Vaccination in Bombay 1874-1876 - 1874-1876
Year: 1874
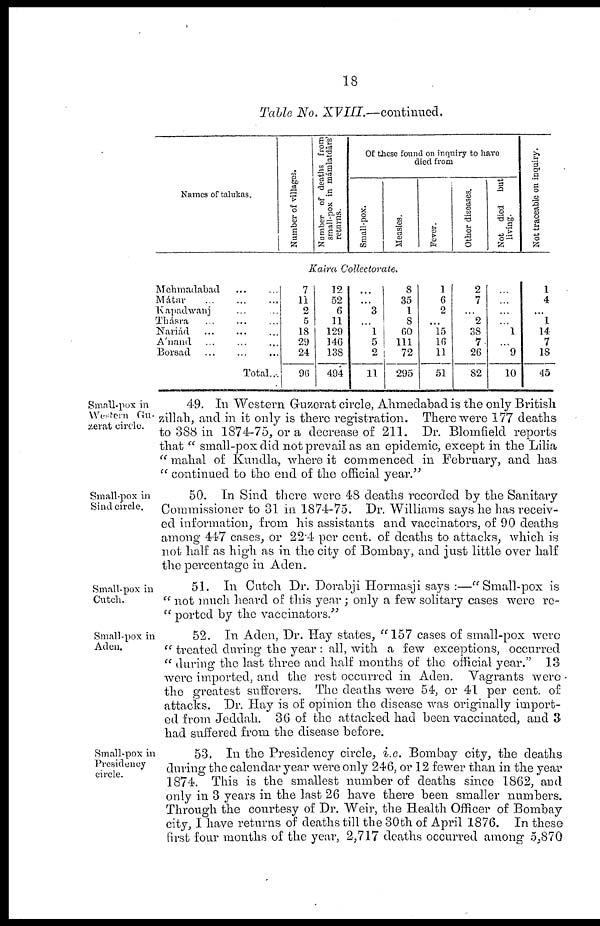
18
Table No.
XVIII.—continued.
Names of talukas.
Number of villages.
Number of deaths from
small-pox in mámlatdârs'
returns.
Of these found on inquiry to have
died from
Small-pox.
Measles.
Fever.
Other diseases.
Not died
but
living.
Not traceable on inquiry.
Kaira Collectorate.
Mehmadabad ... ...
Mátar
...
...
...
Kapadwanj ... ...
Thásra ... ... ...
Nariád ... ... ...
Ánand ... ... ...
Borsad ... ... ...
Total...
7
11
2
5
18
29
24
96
12
52
6
11
129
146
138
494
...
...
3
...
1
5
2
11
8
35
1
8
60
111
72
295
1
6
2
...
15
16
11
51
2
7
...
2
38
7
26
82
...
...
...
...
1
...
9
10
1
4
...
1
14
7
18
45
Small-pox in
Western Gu¬
zerat circle.
49. In Western Guzerat circle, Ahmedabad is the only British
zillah, and in it only is there registration. There were 177 deaths
to 388 in 1874-75, or a decrease of 211. Dr. Blomfield reports
that " small-pox did not prevail as an epidemic, except in the Lilia
" mahal of Kundla, where it commenced in February, and has
" continued to the end of the official year."
Small-pox in
Sind circle.
50. In Sind there were 48 deaths recorded by the Sanitary
Commissioner to 31 in 1874-75. Dr. Williams says he has receiv-
ed information, from his assistants and vaccinators, of 90 deaths
among 447 cases, or 22.4 per cent. of deaths to attacks, which is
not half as high as in the city of Bombay, and just little over half
the percentage in Aden.
Small-pox in
Cutch.
51. In Cutch Dr. Dorabji Hormasji says :—"Small-pox is
" not much heard of this year ; only a few solitary cases were re¬
" ported by the vaccinators."
Small-pox in
Aden.
52. In Aden, Dr. Hay states, " 157 cases of small-pox were
" treated during the year : all, with a few exceptions, occurred
" during the last three and half months of the official year." 13
were imported, and the rest occurred in Aden. Vagrants were
the greatest sufferers. The deaths were 54, or 41 per cent. of
attacks. Dr. Hay is of opinion the disease was originally import-
ed from Jeddah. 36 of the attacked had been vaccinated, and 3
had suffered from the disease before.
Small-pox in
Presidency
circle.
53. In the Presidency circle, i.e. Bombay city, the deaths
during the calendar year were only 246, or 12 fewer than in the year
1874. This is the smallest number of deaths since 1862, and
only in 3 years in the last 26 have there been smaller numbers.
Through the courtesy of Dr. Weir, the Health Officer of Bombay
city, I have returns of deaths till the 30th of April 1876. In these
first four months of the year, 2,717 deaths occurred among 5,870